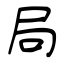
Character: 局